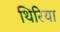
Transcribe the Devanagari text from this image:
थिरिया